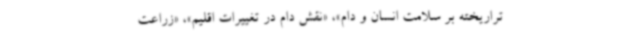
تراریخته بر سلامت انسان و دام»، «نقش دام در تغییرات اقلیم»، «زراعت